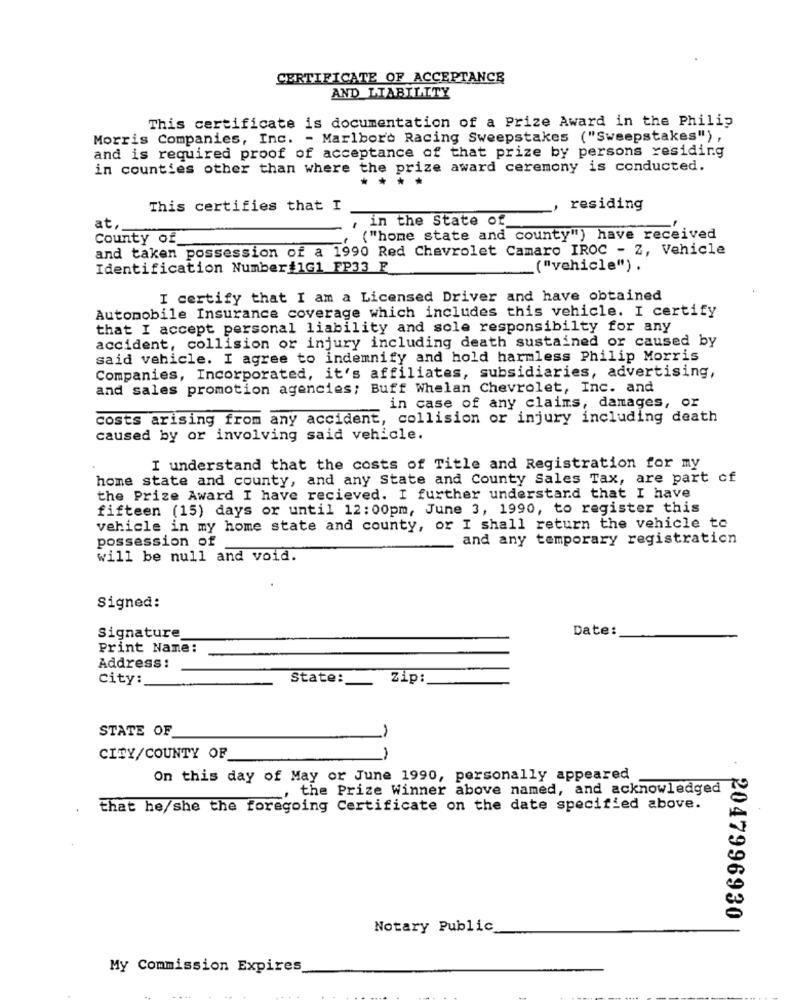
CERTIFICATE OF ACCEPTANCE
AND LIABILITY
This certificate is documentation of a Prize Award in the Philip
Morris Companies, Inc. - Marlboro Racing Sweepstakes ("Sweepstakes") ,
and is required proof of acceptance of that prize by persons residing
in counties other than where the prize award ceremony is conducted.
****
This certifies that I
„, residing
, in the State of
at ..
County of
( "home state and county") have received
and taken possession of a 1990 Red Chevrolet Camaro IROC - Z, Vehicle
Identification Number#1G1_FP33 F
("vehicle") .
I certify that I am a Licensed Driver and have obtained
Automobile Insurance coverage which includes this vehicle. I certify
that I accept personal liability and sole responsibilty for any
accident, collision or injury including death sustained or caused by
said vehicle. I agree to indemnify and hold harmless Philip Morris
Companies, Incorporated, it's affiliates, subsidiaries, advertising,
and sales promotion agencies; Buff Whelan Chevrolet, Inc. and
in case of any claims, damages, or
costs arising from any accident, collision or injury including death
caused by or involving said vehicle.
I understand that the costs of Title and Registration for my
home state and county, and any State and County Sales Tax, are part of
the Prize Award I have recieved. I further understand that I have
fifteen (15) days or until 12:00pm, June 3, 1990, to register this
vehicle in my home state and county, or I shall return the vehicle to
possession of
and any temporary registration
will be null and void.
Signed:
Date:
Signature
Print Name:
Address:
city:
State:
Zip
STATE OF
CITY/COUNTY OF
On this day of May or June 1990, personally appeared
, the Prize Winner above named, and acknowledged
that he/she the foregoing Certificate on the date specified above.
2047996930
Notary Public
My Commission Expires